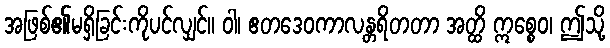
အဖြစ်၏မရှိခြင်းကိုပင်လျှင်။ ဝါ၊ ဧတဒေဝကာလန္တရိတတာ အတ္ထိ ဣစ္စေဝ၊ ဤသို့